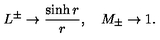
L ^ { \pm } \rightarrow \frac { \sinh { r } } { r } , \quad M _ { \pm } \rightarrow 1 .